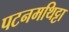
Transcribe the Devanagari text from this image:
पटनमथिट्टा